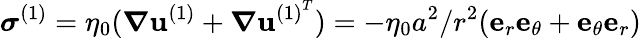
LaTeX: \boldsymbol{\sigma}^{(1)}=\eta_{0}(\boldsymbol{\nabla}\mathbf{u}^{(1)}+\boldsymbol{\nabla}\mathbf{u}^{{(1)}^{T}})=-\eta_{0}{a}^{2}/r^{2}(\mathbf{e}_{r}\mathbf{e}_{\theta}+\mathbf{e}_{\theta}\mathbf{e}_{r})